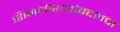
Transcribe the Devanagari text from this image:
शिवाजीराजांबद्दलचा